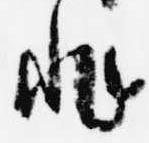
非